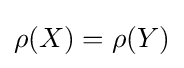
\rho (X)=\rho (Y)